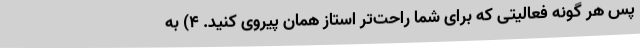
پس هر گونه فعالیتی که برای شما راحت‌تر استاز همان پیروی کنید. 4) به